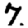
Digit: 7